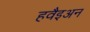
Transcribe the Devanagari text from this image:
हवैइअन